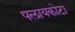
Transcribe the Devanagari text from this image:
पलायकोटा